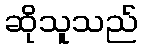
ဆိုသူသည်